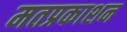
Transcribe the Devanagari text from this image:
मतप्रकाशन